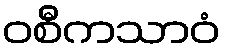
ဝစီကသာဝံ